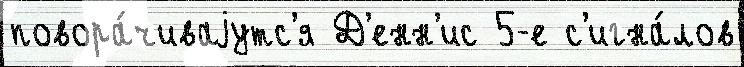
повора́чиваjутс'я Д'енн'ис 5-е с'игна́лов